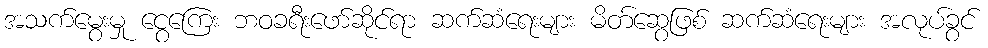
အသက်မွေးမှု ငွေကြေး ဘဝခရီးဖော်ဆိုင်ရာ ဆက်ဆံရေးများ မိတ်ဆွေဖြစ် ဆက်ဆံရေးများ အလုပ်ခွင်